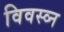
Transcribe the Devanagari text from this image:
विवस्व्न